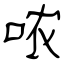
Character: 哝